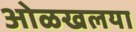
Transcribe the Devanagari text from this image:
ओळखलया